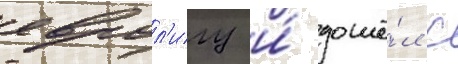
еврол'игу и́ дошё́л с